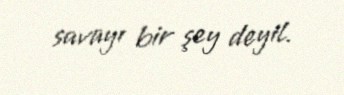
savayı bir şey deyil.